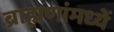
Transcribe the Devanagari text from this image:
ब्राह्मणांमध्यें